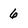
Character: 6